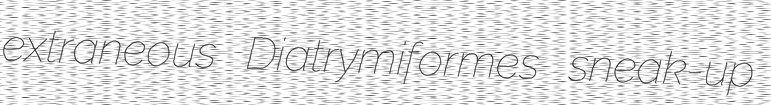
extraneous Diatrymiformes sneak-up